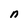
Character: n